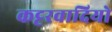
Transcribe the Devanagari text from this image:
कट्टरवादियो